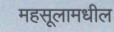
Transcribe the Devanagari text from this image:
महसूलामधील